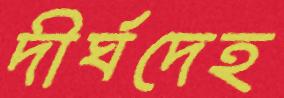
দীর্ঘদেহ